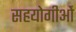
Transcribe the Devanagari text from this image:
सहयोगीओं